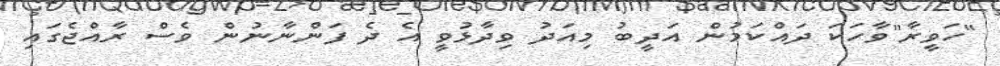
"ހަވީރާ"ވާހަކަ ދައްކަމުން އަދީބު މިއަދު ވިދާޅުވީ އެ ދެ ފަންނާނުން ވެސް ރާއްޖެގައި